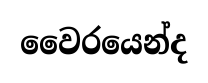
වෛරයෙන්ද